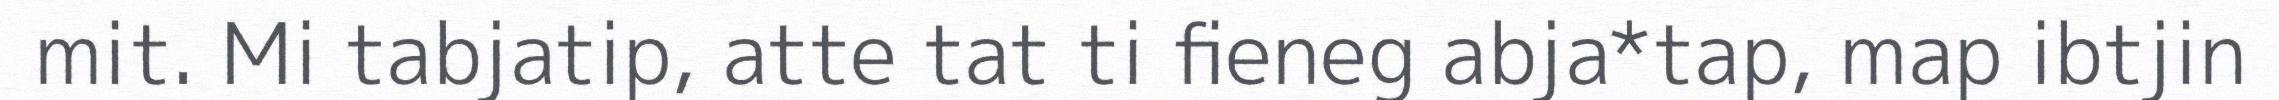
mit. Mi tabjatip, atte tat ti fieneg abja*tap, map ibtjin